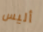
أليس